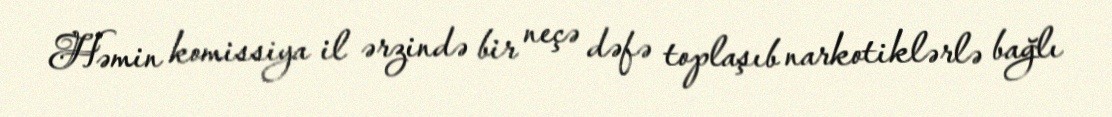
Həmin komissiya il ərzində bir neçə dəfə toplaşıb narkotiklərlə bağlı